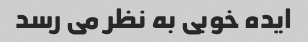
ایده خوبی به نظر می رسد